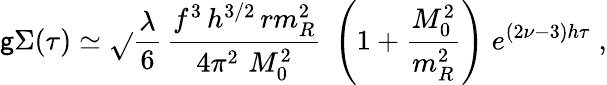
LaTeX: \mathsf{g}\Sigma(\tau)\simeq\sqrt{}{{\frac{{\lambda}}{{6}}}}\, {\frac{{f^{3}\, h^{3/2}\, rm_{R}^{2}}}{{4\pi^{2}\, \, M_{0}^{2}}}}\; \left(1+{\frac{{M_{0}^{2}}}{{m_{R}^{2}}}}\right)\; e^{(2\nu-3)h\tau}\; ,